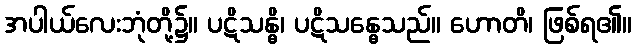
အပါယ်လေးဘုံတို့၌။ ပဋိသန္ဓိ၊ ပဋိသန္ဓေသည်။ ဟောတိ၊ ဖြစ်ရ၏။